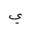
Letter: _ya